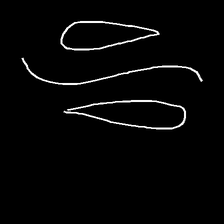
Glyph: water